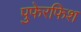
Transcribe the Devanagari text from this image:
पुफेरफिश